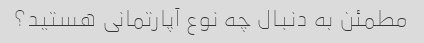
مطمئن به دنبال چه نوع آپارتمانی هستید؟